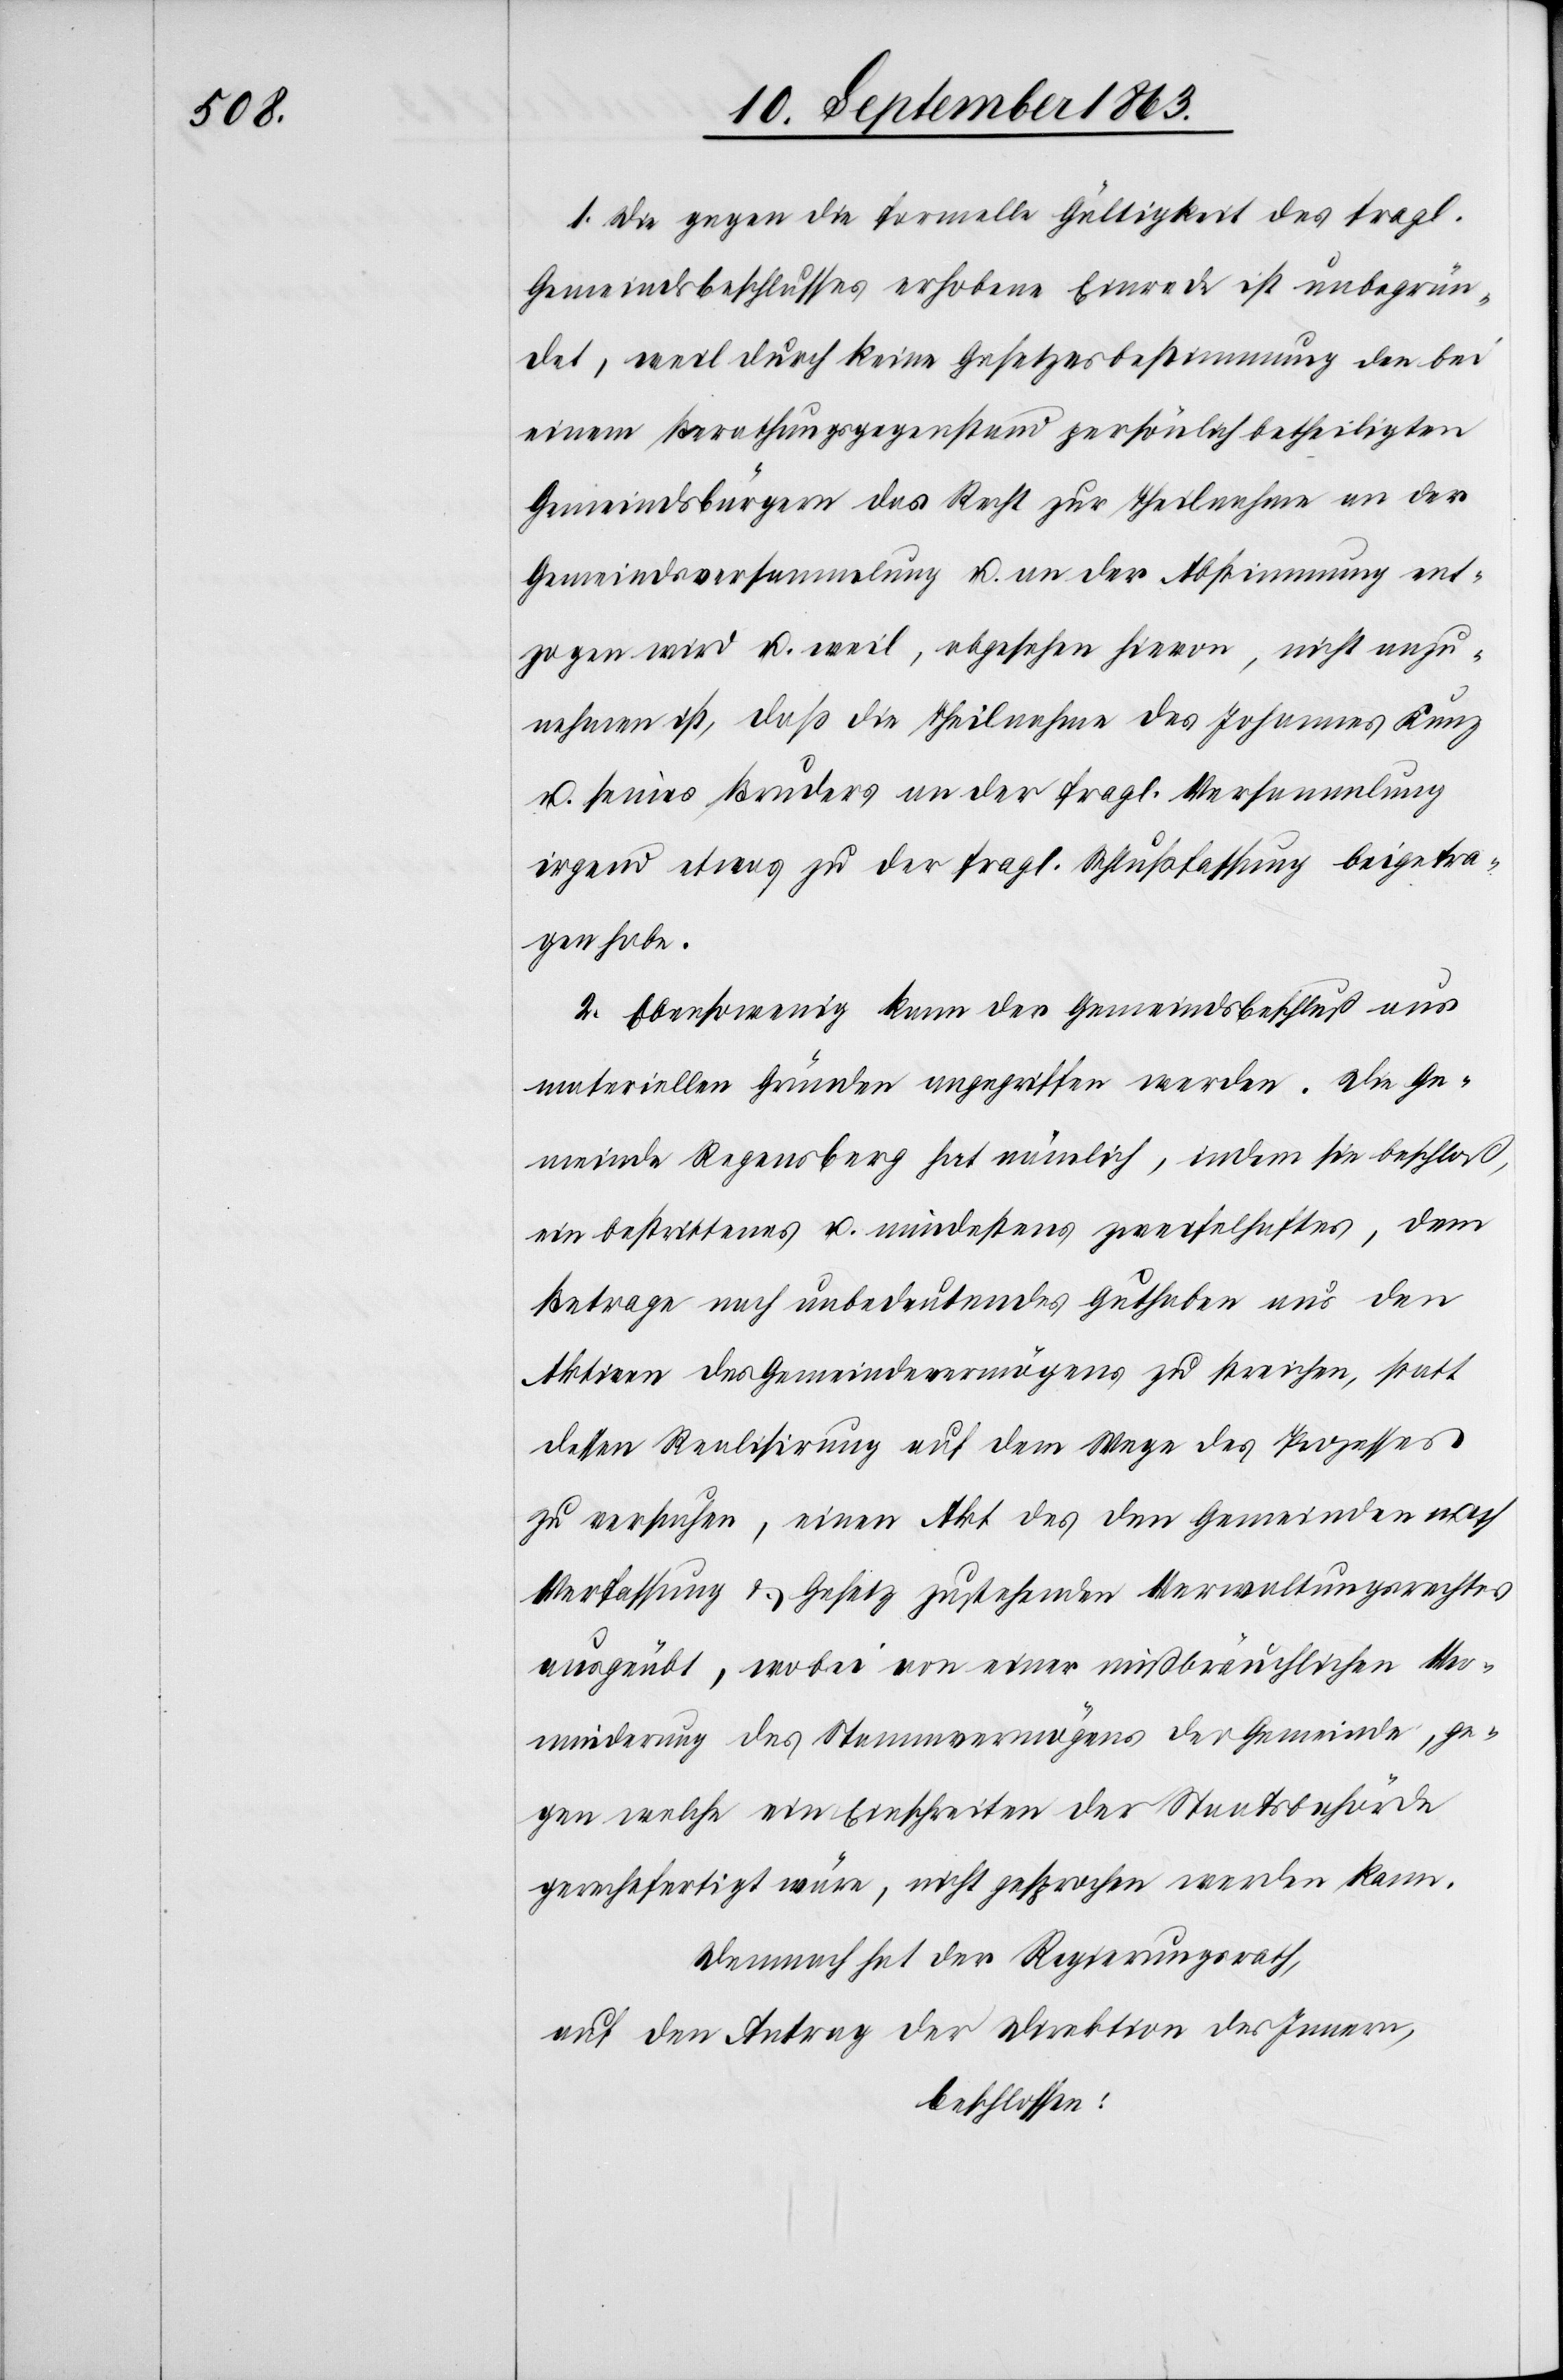
1. Die gegen die formelle Gültigkeit des fragl.
Gemeindsbeschlusses erhobene Einrede ist unbegrün¬
det, weil durch keine Gesetzesbestimmung den bei
einem Berathungsgegenstand persönlich betheiligten
Gemeindsbürgern das Recht zur Theilnahme an der
Gemeindsversammlung u. an der Abstimmung ent¬
zogen wird u. weil, abgesehen hievon, nicht anzu¬
nehmen ist, daß die Theilnahme des Johannes Kunz
u. seines Bruders an der fragl. Versammlung
irgend etwas zu der fragl. Schlußfassung beigetra¬
gen habe.
2. Ebensowenig kann der Gemeindsbeschluß aus
materiellen Gründen angegriffen werden. Die Ge¬
meinde Regensberg hat nämlich, indem sie beschloß,
ein bestrittenes u. mindestens zweifelhaftes, dem
Betrage nach unbedeutendes Guthaben aus den
Aktiven des Gemeindevermögens zu streichen, statt
dessen Realisirung auf dem Wege des Prozesses
zu versuchen, einen Akt des den Gemeinden nach
Verfassung & Gesetz zustehenden Verwaltungsrechtes
ausgeübt, wobei von einer mißbräuchlichen Ver¬
minderung des Stammvermögens der Gemeinde, ge¬
gen welche ein Einschreiten der Staatsbehörde
gerechtfertigt wäre, nicht gesprochen werden kann.
Demnach hat der Regierungsrath,
auf den Antrag der Direktion des Innern,
beschlossen: